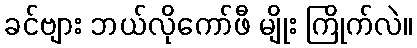
ခင်ဗျား ဘယ်လိုကော်ဖီ မျိုး ကြိုက်လဲ။